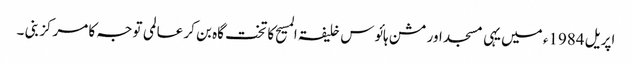
اپریل 1984ء میں یہی مسجد اور مشن ہائوس خلیفۃ المسیح کا تخت گاہ بن کر عالمی توجہ کا مرکز بنی ۔